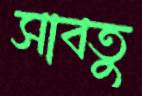
সাবতু